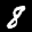
Label: 8